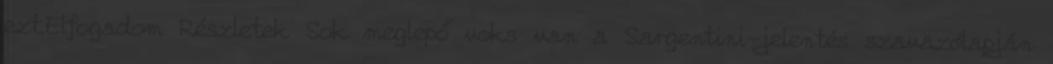
ezt.Elfogadom Részletek Sok meglepő voks van a Sargentini-jelentés szavazólapján